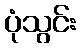
ပုံသွင်း